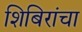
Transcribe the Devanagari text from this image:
शिबिरांचा